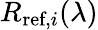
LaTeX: R_{\textrm{ref},i}(\lambda)